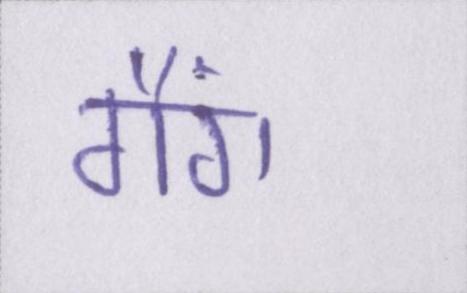
गैंग